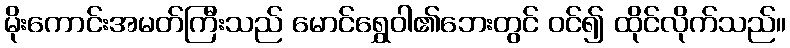
မိုးကောင်းအမတ်ကြီးသည် မောင်ရွှေဝါ၏ဘေးတွင် ဝင်၍ ထိုင်လိုက်သည်။